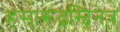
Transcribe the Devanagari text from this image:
हंसारूढ़स्विनेत्रं